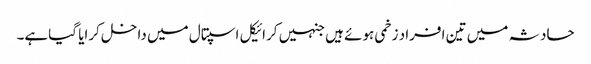
حادثہ میں تین افراد زخمی ہوئے ہیں جنہیں کرائیکل اسپتال میں داخل کرایا گیاہے۔